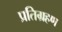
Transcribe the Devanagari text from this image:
प्रतिग्रहण